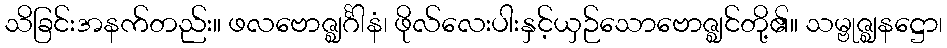
သိခြင်းအနက်တည်း။ ဖလဗောဇ္ဈင်္ဂါနံ၊ ဖိုလ်လေးပါးနှင့်ယှဉ်သောဗောဇ္ဈင်တို့၏။ သမ္ဗုဇ္ဈနဋ္ဌော၊